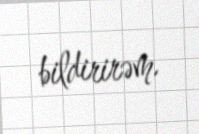
bildirirəm.